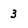
Character: 3